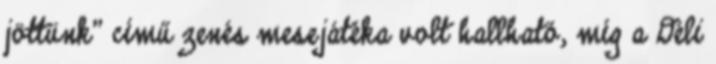
jöttünk” című zenés mesejátéka volt hallható, míg a Déli